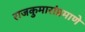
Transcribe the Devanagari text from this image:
राजकुमारांप्रमाणे